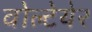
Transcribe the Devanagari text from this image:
वोल्टेयेर